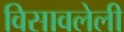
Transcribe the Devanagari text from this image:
विसावलेली